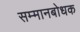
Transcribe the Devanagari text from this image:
सम्मानबोधक